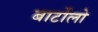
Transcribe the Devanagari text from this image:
बार्टोलो